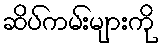
ဆိပ်ကမ်းများကို